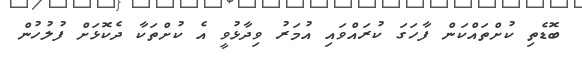
ބޮޑެތި ކުށްތައްކަން ފާހަގަ ކުރައްވައި އުމަރު ވިދާޅުވީ އެ ކުށްތަކާ ދެކޮޅަށް ފުލުހުން